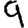
Digit: 9